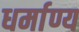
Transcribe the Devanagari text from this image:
धर्माण्य